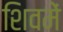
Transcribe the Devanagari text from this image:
शिवमें